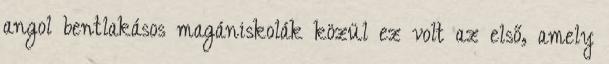
angol bentlakásos magániskolák közül ez volt az első, amely